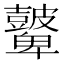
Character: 𥀷